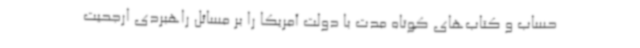
حساب و کتاب‌های کوتاه مدت با دولت آمریکا را بر مسائل راهبردی ارجحیت